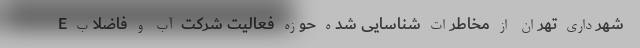
E شهرداری تهران از مخاطرات شناسایی شده حوزه فعالیت شرکت آب و فاضلاب